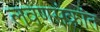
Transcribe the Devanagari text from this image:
लवणसंक्रांत